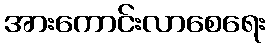
အားကောင်းလာစေရေး